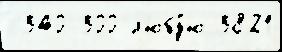
 340-300 л'юбу́ю 3821